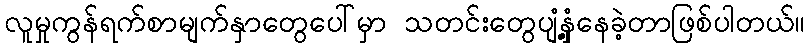
လူမှုကွန်ရက်စာမျက်နှာတွေပေါ်မှာ သတင်းတွေပျံ့နှံ့နေခဲ့တာဖြစ်ပါတယ်။